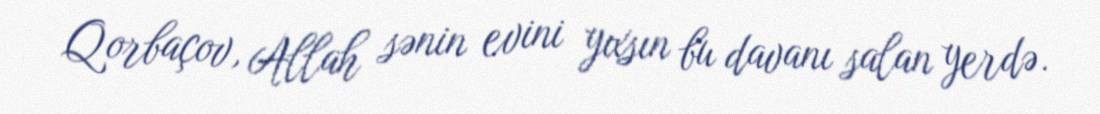
Qorbaçov, Allah sənin evini yıxsın bu davanı salan yerdə.